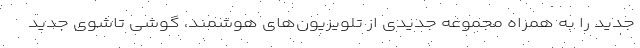
جدید را به همراه مجموعه جدیدی از تلویزیون‌های هوشمند، گوشی تاشوی جدید